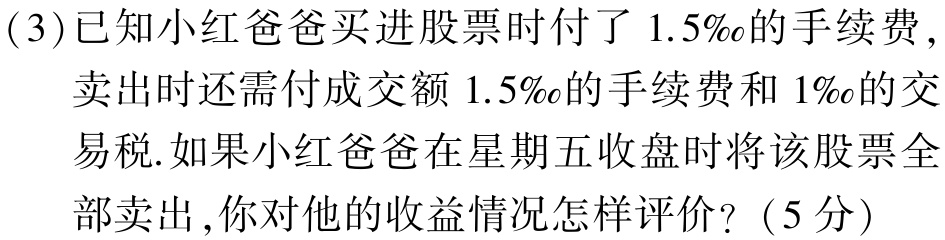
(3)已知小红爸爸买进股票时付了 \(1.5‰\)的手续费，

卖出时还需付成交额 \(1.5‰\)的手续费和 \(1‰\)的交

易税.如果小红爸爸在星期五收盘时将该股票全

部卖出，你对他的收益情况怎样评价？（5分）